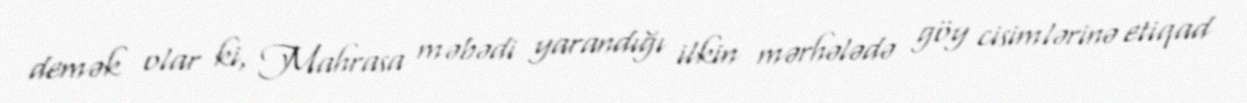
demək olar ki, Mahrasa məbədi yarandığı ilkin mərhələdə göy cisimlərinə etiqad